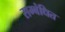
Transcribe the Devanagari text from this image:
सम्‍बंधित